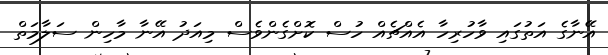
އޭނާގެ އަތުގައި ވާހުރިހާ އެއްޗެއް ހުސް ކޮށްގެންވެސް މިއަދު އޭނާ މާހިން ސަލާމަތް